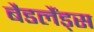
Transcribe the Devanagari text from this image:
बैडलैंड्स